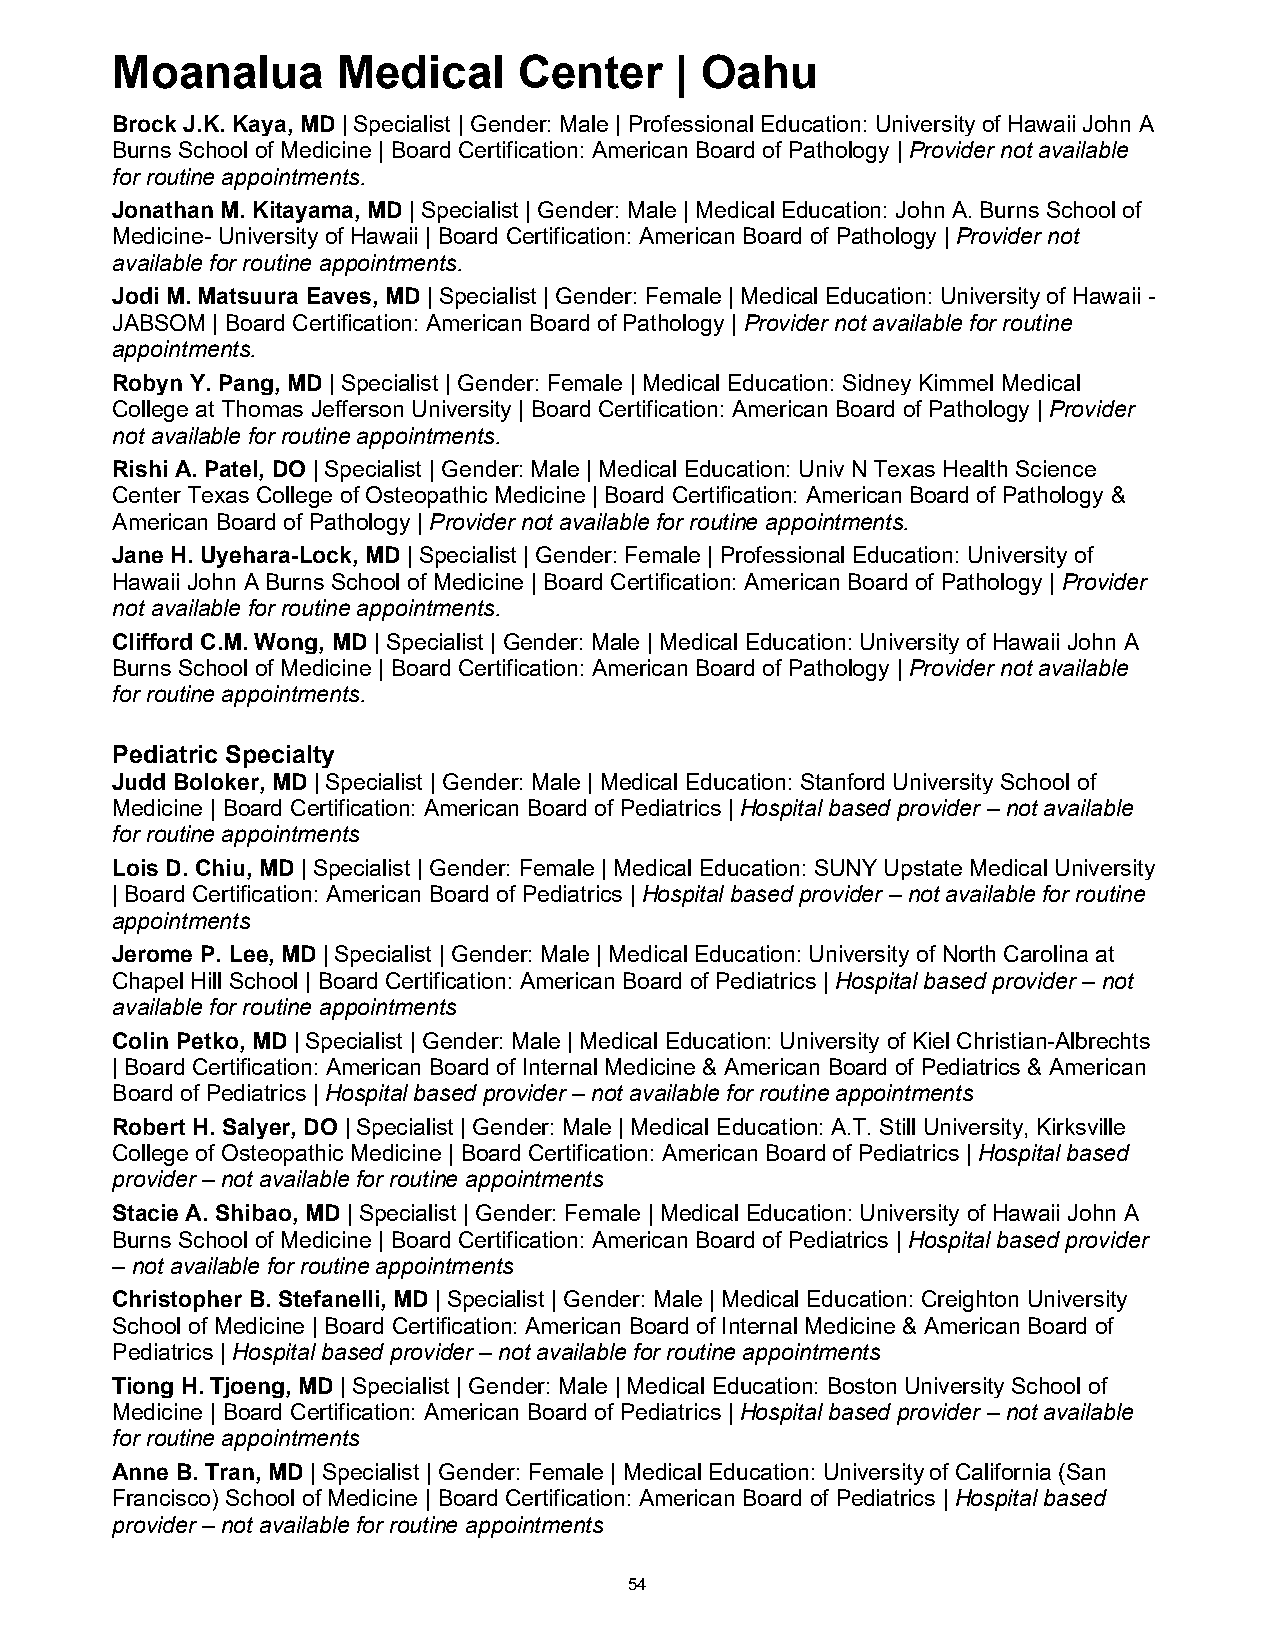
Moanalua       Medical     Center     | Oahu
 Brock J.K. Kaya, MD | Specialist | Gender: Male | Professional Education: University of Hawaii John A
 Burns School of Medicine | Board Certification: American Board of Pathology | Provider not available
 for routine appointments.
 Jonathan M. Kitayama, MD | Specialist | Gender: Male | Medical Education: John A. Burns School of
 Medicine- University of Hawaii | Board Certification: American Board of Pathology | Provider not
 available for routine appointments.
 Jodi M. Matsuura Eaves, MD | Specialist | Gender: Female | Medical Education: University of Hawaii -
 JABSOM | Board Certification: American Board of Pathology | Provider not available for routine
 appointments.
 Robyn Y. Pang, MD | Specialist | Gender: Female | Medical Education: Sidney Kimmel Medical
 College at Thomas Jefferson University | Board Certification: American Board of Pathology | Provider
 not available for routine appointments.
 Rishi A. Patel, DO | Specialist | Gender: Male | Medical Education: Univ N Texas Health Science
 Center Texas College of Osteopathic Medicine | Board Certification: American Board of Pathology &
 American Board of Pathology | Provider not available for routine appointments.
 Jane H. Uyehara-Lock, MD | Specialist | Gender: Female | Professional Education: University of
 Hawaii John A Burns School of Medicine | Board Certification: American Board of Pathology | Provider
 not available for routine appointments.
 Clifford C.M. Wong, MD | Specialist | Gender: Male | Medical Education: University of Hawaii John A
 Burns School of Medicine | Board Certification: American Board of Pathology | Provider not available
 for routine appointments.
 Pediatric Specialty
 Judd Boloker, MD | Specialist | Gender: Male | Medical Education: Stanford University School of
 Medicine | Board Certification: American Board of Pediatrics | Hospital based provider – not available
 for routine appointments
 Lois D. Chiu, MD | Specialist | Gender: Female | Medical Education: SUNY Upstate Medical University
 | Board Certification: American Board of Pediatrics | Hospital based provider – not available for routine
 appointments
 Jerome P. Lee, MD | Specialist | Gender: Male | Medical Education: University of North Carolina at
 Chapel Hill School | Board Certification: American Board of Pediatrics | Hospital based provider – not
 available for routine appointments
 Colin Petko, MD | Specialist | Gender: Male | Medical Education: University of Kiel Christian-Albrechts
 | Board Certification: American Board of Internal Medicine & American Board of Pediatrics & American
 Board of Pediatrics | Hospital based provider – not available for routine appointments
 Robert H. Salyer, DO | Specialist | Gender: Male | Medical Education: A.T. Still University, Kirksville
 College of Osteopathic Medicine | Board Certification: American Board of Pediatrics | Hospital based
 provider – not available for routine appointments
 Stacie A. Shibao, MD | Specialist | Gender: Female | Medical Education: University of Hawaii John A
 Burns School of Medicine | Board Certification: American Board of Pediatrics | Hospital based provider
 – not available for routine appointments
 Christopher B. Stefanelli, MD | Specialist | Gender: Male | Medical Education: Creighton University
 School of Medicine | Board Certification: American Board of Internal Medicine & American Board of
 Pediatrics | Hospital based provider – not available for routine appointments
 Tiong H. Tjoeng, MD | Specialist | Gender: Male | Medical Education: Boston University School of
 Medicine | Board Certification: American Board of Pediatrics | Hospital based provider – not available
 for routine appointments
 Anne B. Tran, MD | Specialist | Gender: Female | Medical Education: University of California (San
 Francisco) School of Medicine | Board Certification: American Board of Pediatrics | Hospital based
 provider – not available for routine appointments
 54